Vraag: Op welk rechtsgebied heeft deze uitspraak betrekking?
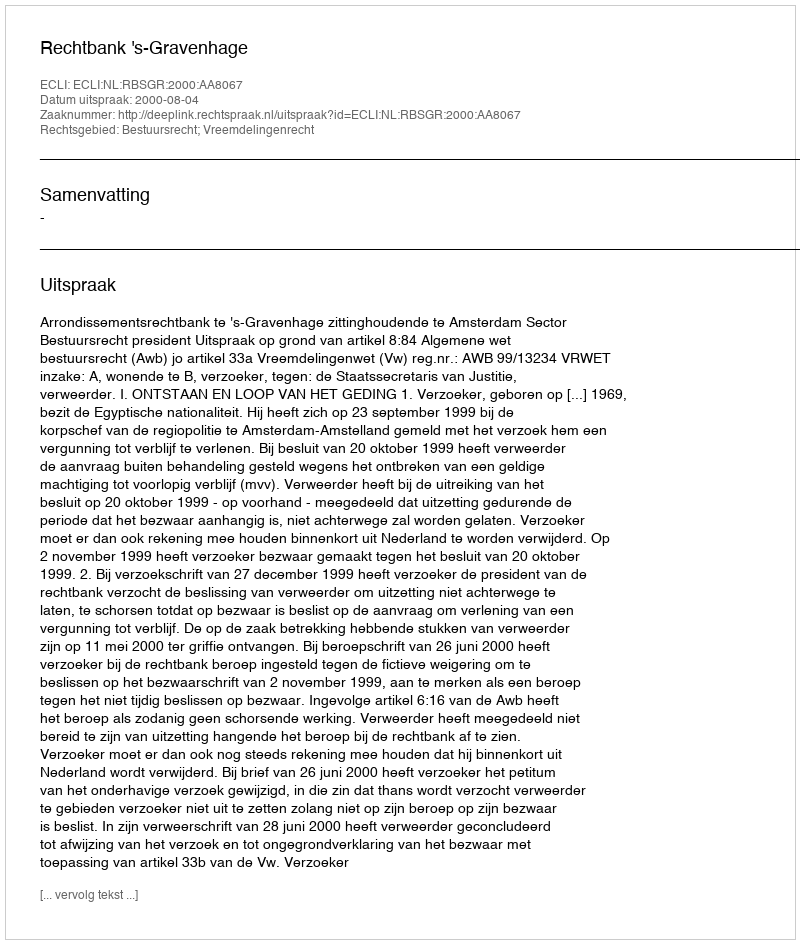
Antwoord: Bestuursrecht; Vreemdelingenrecht